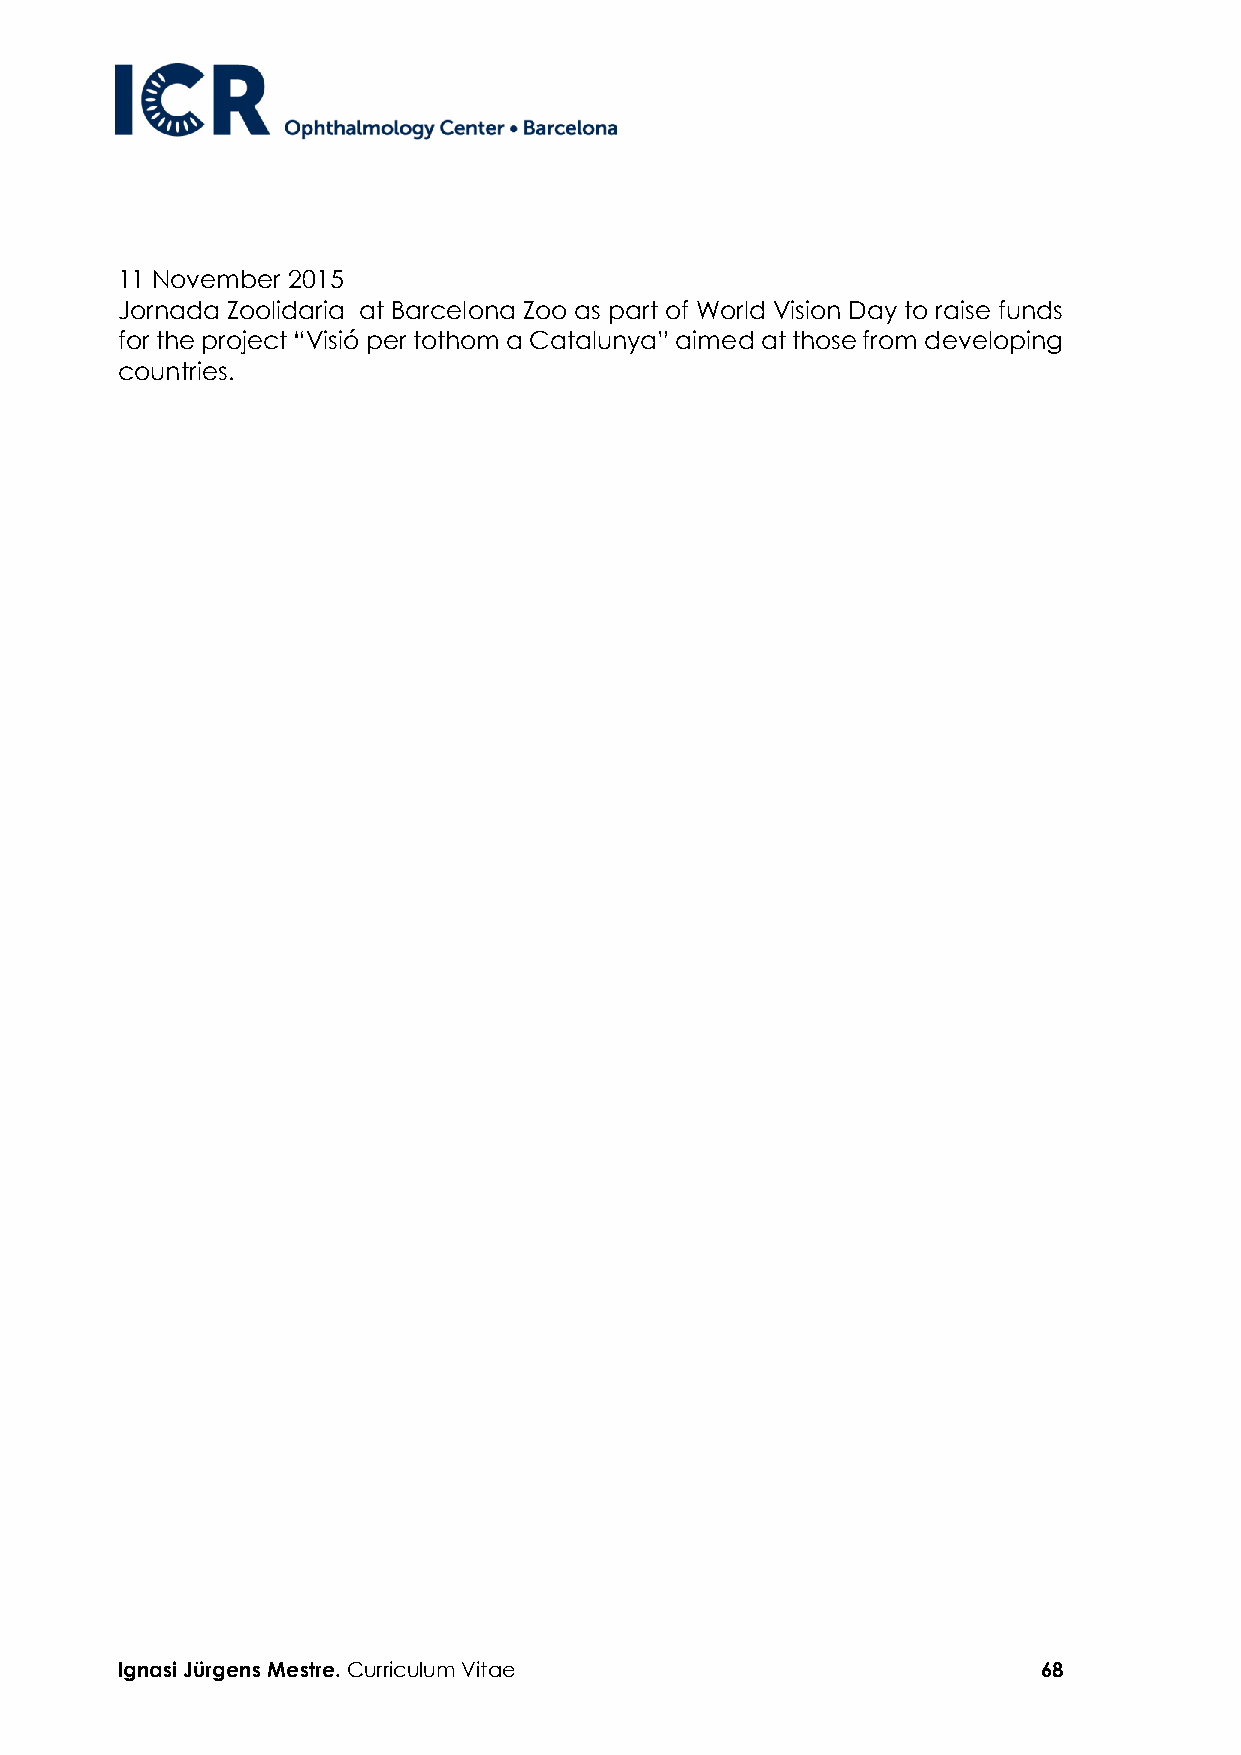
11 November 2015
 Jornada Zoolidaria at Barcelona Zoo as part of World Vision Day to raise funds
 for the project “Visió per tothom a Catalunya” aimed at those from developing
 countries.
 Ignasi Jürgens Mestre. Curriculum Vitae                      68